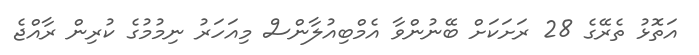
އަތޮޅު ތެރޭގެ 28 ރަށަކަށް ބޭނުންވާ އެމްބިއުލާންސް މިއަހަރު ނިމުމުގެ ކުރިން ރާއްޖެ